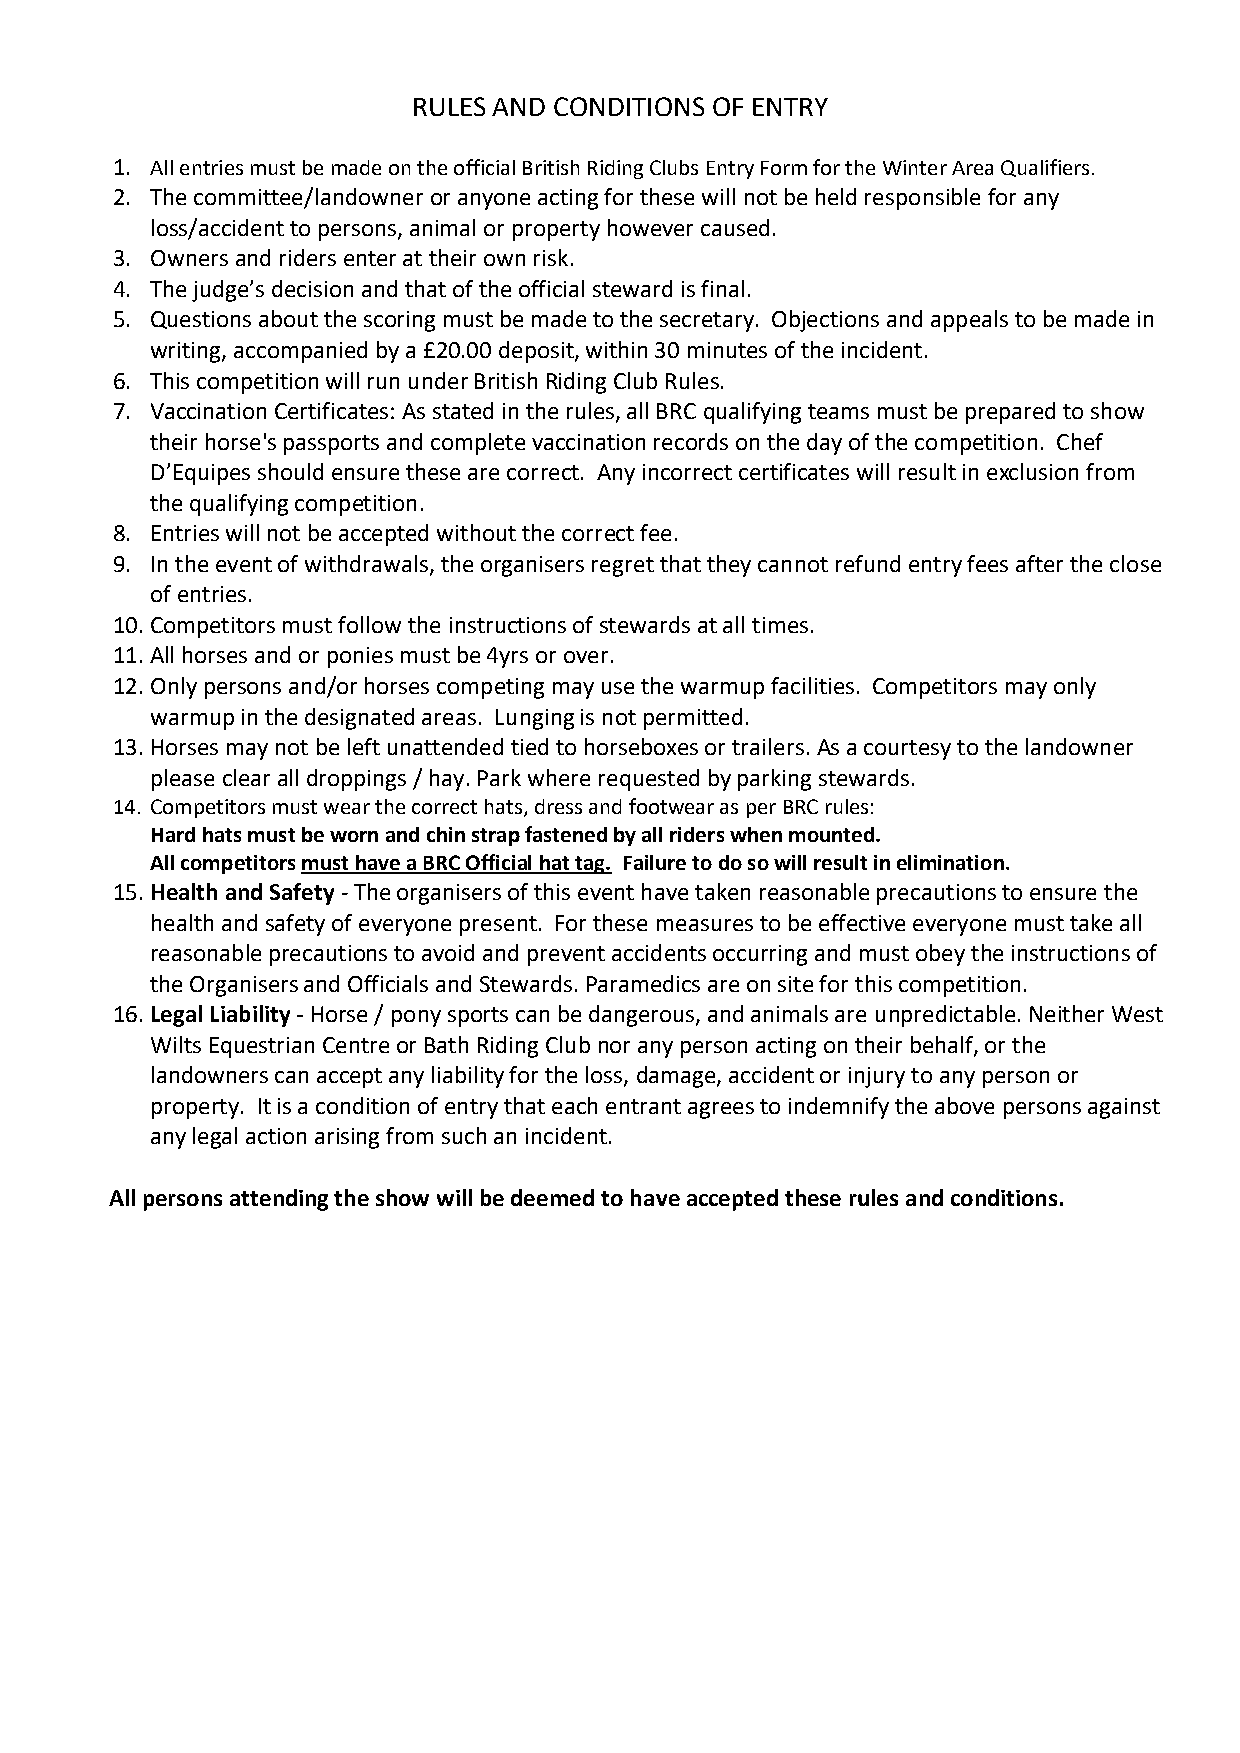
RULES AND CONDITIONS OF ENTRY
 1. All entries must be made on the official British Riding Clubs Entry Form for the Winter Area Qualifiers.
 2. The committee/landowner or anyone acting for these will not be held responsible for any
 loss/accident to persons, animal or property however caused.
 3. Owners and riders enter at their own risk.
 4. The judge’s decision and that of the official steward is final.
 5. Questions about the scoring must be made to the secretary. Objections and appeals to be made in
 writing, accompanied by a £20.00 deposit, within 30 minutes of the incident.
 6. This competition will run under British Riding Club Rules.
 7. Vaccination Certificates: As stated in the rules, all BRC qualifying teams must be prepared to show
 their horse's passports and complete vaccination records on the day of the competition. Chef
 D’Equipes should ensure these are correct. Any incorrect certificates will result in exclusion from
 the qualifying competition.
 8. Entries will not be accepted without the correct fee.
 9. In the event of withdrawals, the organisers regret that they cannot refund entry fees after the close
 of entries.
 10. Competitors must follow the instructions of stewards at all times.
 11. All horses and or ponies must be 4yrs or over.
 12. Only persons and/or horses competing may use the warmup facilities. Competitors may only
 warmup in the designated areas. Lunging is not permitted.
 13. Horses may not be left unattended tied to horseboxes or trailers. As a courtesy to the landowner
 please clear all droppings / hay. Park where requested by parking stewards.
 14. Competitors must wear the correct hats, dress and footwear as per BRC rules:
 Hard hats must be worn and chin strap fastened by all riders when mounted.
 All competitors must have a BRC Official hat tag. Failure to do so will result in elimination.
 15. Health and Safety - The organisers of this event have taken reasonable precautions to ensure the
 health and safety of everyone present. For these measures to be effective everyone must take all
 reasonable precautions to avoid and prevent accidents occurring and must obey the instructions of
 the Organisers and Officials and Stewards. Paramedics are on site for this competition.
 16. Legal Liability - Horse / pony sports can be dangerous, and animals are unpredictable. Neither West
 Wilts Equestrian Centre or Bath Riding Club nor any person acting on their behalf, or the
 landowners can accept any liability for the loss, damage, accident or injury to any person or
 property. It is a condition of entry that each entrant agrees to indemnify the above persons against
 any legal action arising from such an incident.
 All persons attending the show will be deemed to have accepted these rules and conditions.